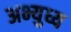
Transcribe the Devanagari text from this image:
अभ्युध्य